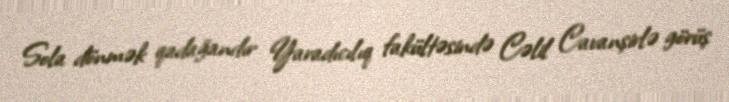
Sola dönmək qadağandır Yaradıcılıq fakültəsində Cəlil Cavanşirlə görüş